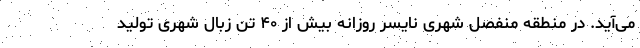
می‌آید. در منطقه منفصل شهری نایسر روزانه بیش از ۴۰ تن زبال شهری تولید